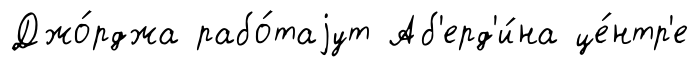
Джо́рджа рабо́таjут Аб'ерд'и́на це́нтр'е